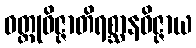
ဝတ္ထုဝိဇ္ဇာတိရစ္ဆာနဝိဇ္ဇာယ